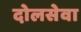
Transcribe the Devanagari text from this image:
दोलसेवा